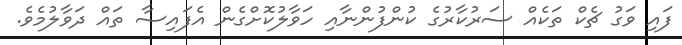
ފައި ވަގު ޗެކް ތަކެއް ސަރުކާރުގެ ކުންފުންނާއި ހަވާލުކޮށްގެން އެފައިސާ ތައް ދަވާލުމެވެ.